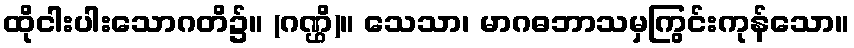
ထိုငါးပါးသောဂတိ၌။ (ဂဏ္ဌိ)။ သေသာ၊ မာဂဓဘာသမှကြွင်းကုန်သော။